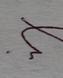
Signature authenticity: forged